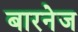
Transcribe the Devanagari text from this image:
बारनेज